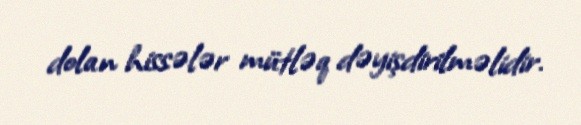
dolan hissələr mütləq dəyişdirilməlidir.